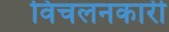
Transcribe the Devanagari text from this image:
विचलनकारी